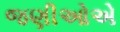
જણીઓએ